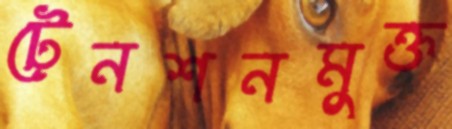
টেনশনমুক্ত